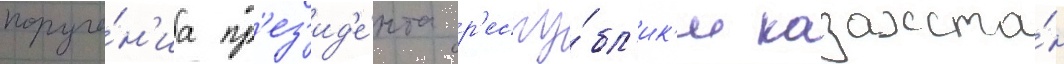
поруче́н'иа пр'ез'ид'е́нта р'еспу́бл'ик'и казахста́н